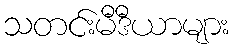
သတင်းမီဒီယာများ